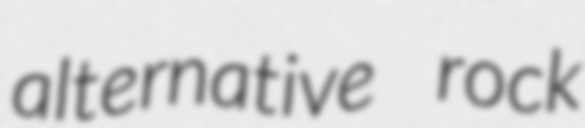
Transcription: alternative rock